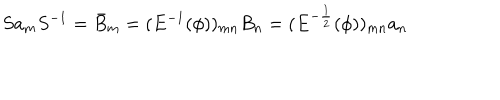
LaTeX: S a _ { m } S ^ { - 1 } = \bar { B } _ { m } = ( E ^ { - 1 } ( \phi ) ) _ { m n } B _ { n } = ( E ^ { - \frac { 1 } { 2 } } ( \phi ) ) _ { m n } a _ { n }